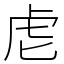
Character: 䖈